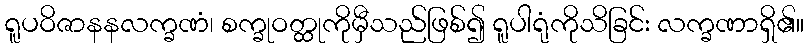
ရူပဝိဇာနနလက္ခဏံ၊ စက္ခုဝတ္ထုကိုမှီသည်ဖြစ်၍ ရူပါရုံကိုသိခြင်း လက္ခဏာရှိ၏။